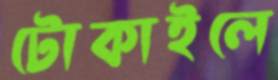
টোকাইলে